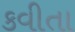
કવીતા